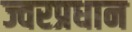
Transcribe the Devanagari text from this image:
ज्वरप्रधान